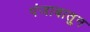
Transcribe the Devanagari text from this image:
पंजाबातुन